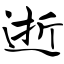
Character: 逝